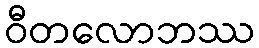
ဝီတလောဘဿ